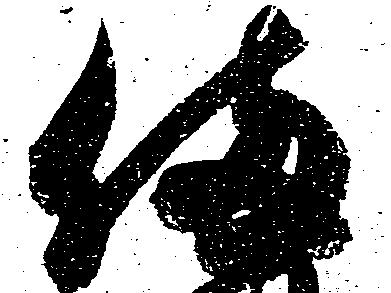
備